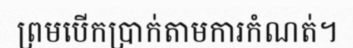
ព្រមបើកប្រាក់តាមការកំណត់។